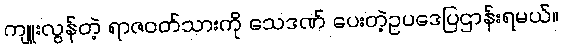
ကျူးလွန်တဲ့ ရာဇဝတ်သားကို သေဒဏ် ပေးတဲ့ဥပဒေပြဌာန်းရမယ်။